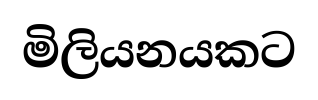
මිලියනයකට